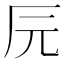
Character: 𰆖